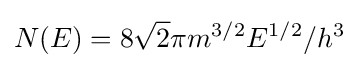
N(E)=8{\sqrt {2}}\pi m^{3/2}E^{1/2}/h^{3}\,\!